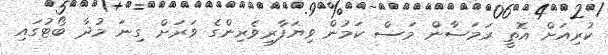
ކުރިއަށް އޮތީ ރަމަޟާން މަސް ކަމުން ވިޔަފާރިވެރިންގެ ވަރަށް ގިނަ މުދާ ބޯޓުގައި